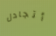
أتجادل